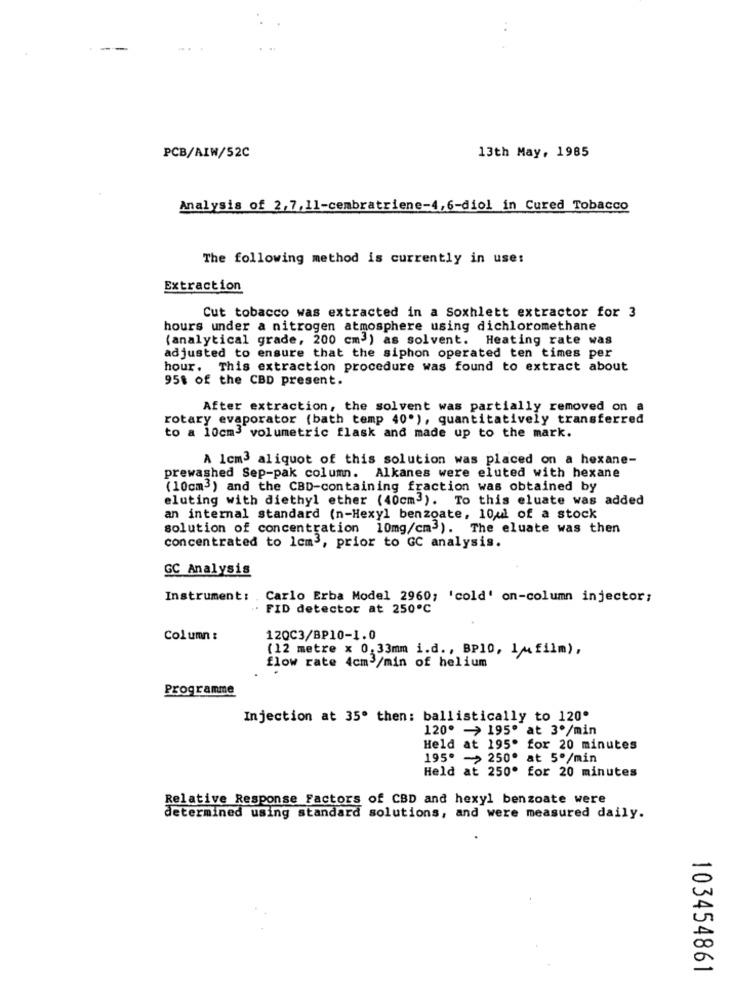
PCB/AIW/52C
13th May, 1985
Analysis of 2,7, 11-cembratriene-4,6-diol in Cured Tobacco
The following method is currently in use:
Extraction
Cut tobacco was extracted in a Soxhlett extractor for 3
hours under a nitrogen atmosphere using dichloromethane
(analytical grade, 200 cm3) as solvent. Heating rate was
adjusted to ensure that the siphon operated ten times per
hour. This extraction procedure was found to extract about
95$ of the CBD present.
After extraction, the solvent was partially removed on a
rotary evaporator (bath temp 40"), quantitatively transferred
to a 10cm3 volumetric flask and made up to the mark.
A 1cm3 aliquot of this solution was placed on a hexane-
prewashed Sep-pak column. Alkanes were eluted with hexane
(10cm3) and the CBD-containing fraction was obtained by
eluting with diethyl ether (40cm3). To this eluate was added
an internal standard (n-Hexyl benzoate, 10,ul of a stock
solution of concentration 10mg/cm3). The eluate was then
concentrated to 1cm3, prior to GC analysis.
GC Analysis
Instrument: . Carlo Erba Model 2960; 'cold' on-column injector;
FID detector at 250℃
Column :
12QC3/BP10-1.0
(12 metre x 0,33mm i.d ., BP10, 1Mfilm) ,
flow rate 4cm3/min of helium
Programme
Injection at 35º then: ballistically to 120.
120º -> 195º at 3º/min
Held at 195. for 20 minutes
195º ->250º at 5º/min
Held at 250. for 20 minutes
Relative Response Factors of CBD and hexyl benzoate were
determined using standard solutions, and were measured daily.
103454861